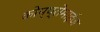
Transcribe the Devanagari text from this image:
कोम्प्रोमाईज़